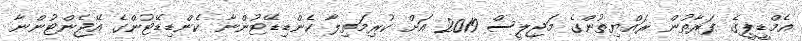
އެމްޑީޕީގެ ފަރާތުން ރައްޔިތުންގެ މަޖިލީސް 2019 އަށް ކުރިމަތިލާ ކެންޑިޑޭޓުންނާ ކެންޑިޑޭޓުންގެ އޭޖެންޓުންނާ